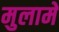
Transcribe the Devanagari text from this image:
मुलामे